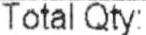
TOTAL QTY: